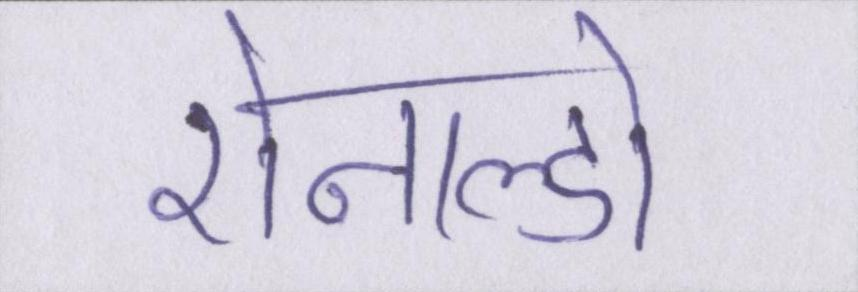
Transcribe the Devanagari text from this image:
रोनाल्डो